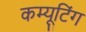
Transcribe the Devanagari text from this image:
कम्यूटिंग